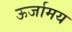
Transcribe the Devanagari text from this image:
ऊर्जामय